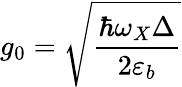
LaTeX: g_{0}=\sqrt{\frac{\hbar\omega_{X}\Delta}{2\varepsilon_{b}}}